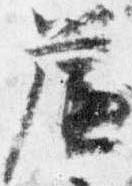
簾